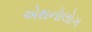
એથનોલોગ